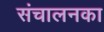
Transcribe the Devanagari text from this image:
संचालनका